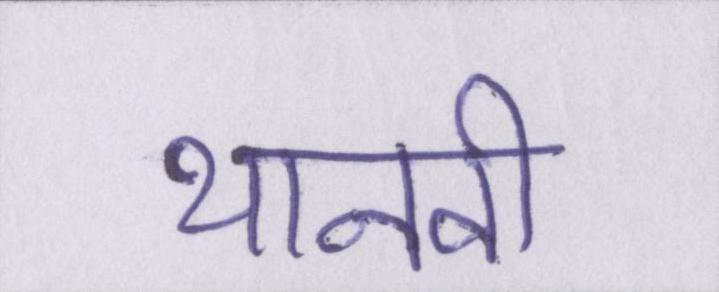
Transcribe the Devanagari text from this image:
थानवी